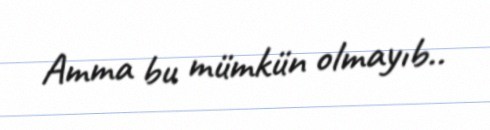
Amma bu mümkün olmayıb..